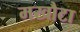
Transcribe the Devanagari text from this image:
मखौटा